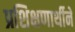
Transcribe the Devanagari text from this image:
प्रशिक्षणार्थीने